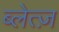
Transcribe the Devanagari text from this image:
ब्लेत्ज़